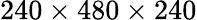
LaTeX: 240\times 480\times 240